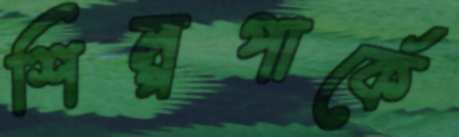
শিল্পপার্কে